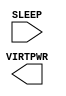
module sky130_fd_sc_lp__sleep_pargate_plv (
    //# {{power|Power}}
    input  SLEEP  ,
    output VIRTPWR
);

    // Voltage supply signals
    supply1 VPWR;
    supply1 VPB ;
    supply0 VNB ;

endmodule